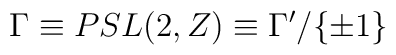
{\Gamma} \equiv PSL(2,Z) \equiv \Gamma' /{\{ \pm 1 \} }